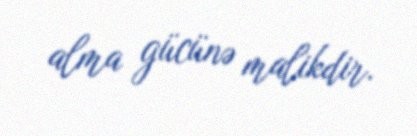
alma gücünə malikdir.